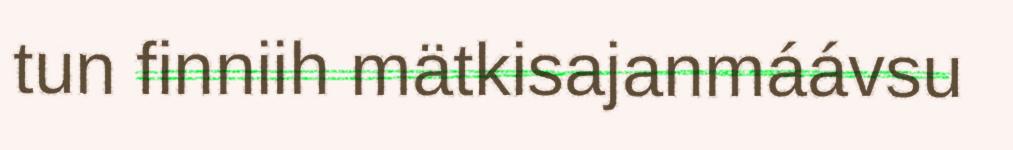
tun finniih mätkisajanmáávsu